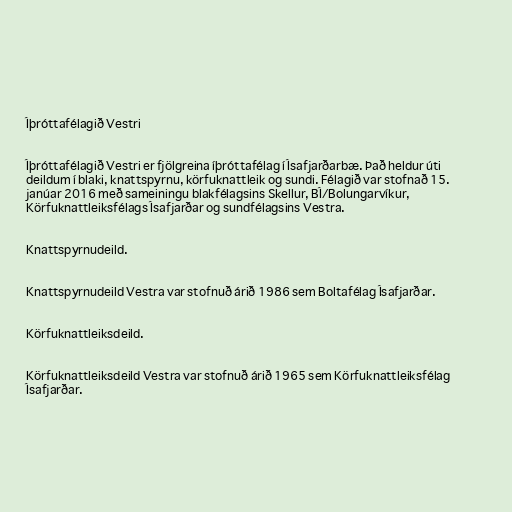
Íþróttafélagið Vestri

Íþróttafélagið Vestri er fjölgreina íþróttafélag í Ísafjarðarbæ. Það heldur úti
deildum í blaki, knattspyrnu, körfuknattleik og sundi. Félagið var stofnað 15.
janúar 2016 með sameiningu blakfélagsins Skellur, BÍ/Bolungarvíkur,
Körfuknattleiksfélags Ísafjarðar og sundfélagsins Vestra.

Knattspyrnudeild.

Knattspyrnudeild Vestra var stofnuð árið 1986 sem Boltafélag Ísafjarðar.

Körfuknattleiksdeild.

Körfuknattleiksdeild Vestra var stofnuð árið 1965 sem Körfuknattleiksfélag
Ísafjarðar.